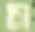
স